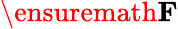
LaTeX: \ensuremath\mathbf{F}